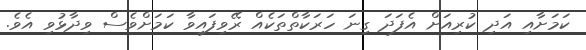
ކަމަށާއި އަދި ކުރިއަށް އެފަދަ ގިނަ ހަރަކާތްތަކެއް ރޭވިފައިވާ ކަމަށްވެސް ވިދާޅުވި އެވެ.